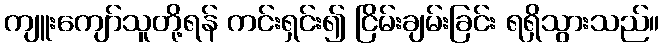
ကျူးကျော်သူတို့ရန် ကင်းရှင်း၍ ငြိမ်းချမ်းခြင်း ရရှိသွားသည်။